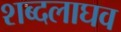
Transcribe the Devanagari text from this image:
शब्दलाघव